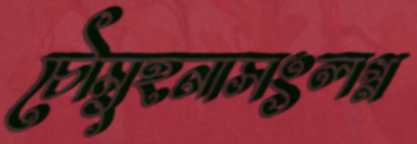
চৌমুহনাসংলগ্ন